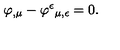
\varphi _ { , \mu } - \varphi ^ { \epsilon } { } _ { \mu , \epsilon } = 0 .